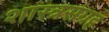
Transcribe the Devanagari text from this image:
शास्त्रसंग्रह